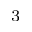
^ { 3 }